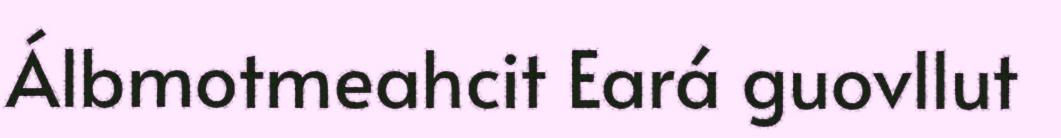
Álbmotmeahcit Eará guovllut